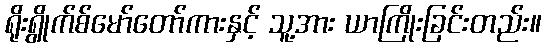
ရိုးရွိုက်စ်မော်တော်ကားနှင့် သူ့အား ယာကြိုးခြင်းတည်း။